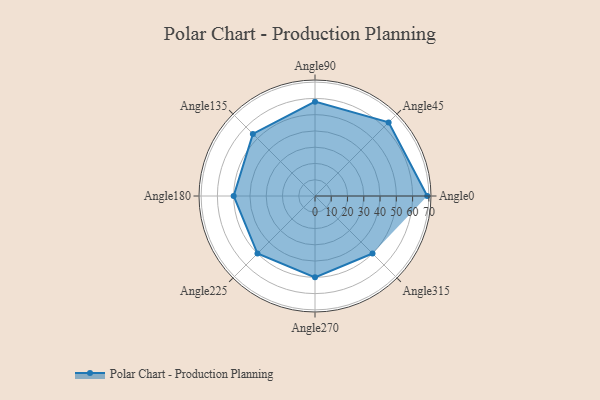
{"axis": {"x": "Angle", "y": "Radius"}, "legend": [""], "data": [{"x": "Angle0", "y": 69.0, "type": ""}, {"x": "Angle45", "y": 64.0, "type": ""}, {"x": "Angle90", "y": 58.0, "type": ""}, {"x": "Angle135", "y": 54.0, "type": ""}, {"x": "Angle180", "y": 50.0, "type": ""}, {"x": "Angle225", "y": 50, "type": ""}, {"x": "Angle270", "y": 50, "type": ""}, {"x": "Angle315", "y": 50, "type": ""}]}